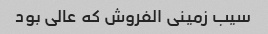
سیب زمینی الفروش که عالی بود